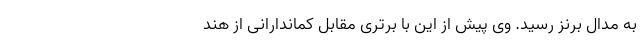
به مدال برنز رسید. وی پیش از این با برتری مقابل کماندارانی از هند